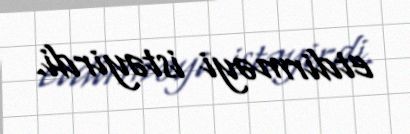
etdirməyi istəyirdi.